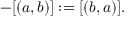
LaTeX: - [ ( a , b ) ] : = [ ( b , a ) ] .